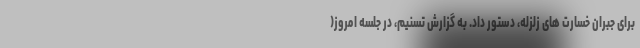
برای جبران خسارت های زلزله، دستور داد. به گزارش تسنیم، در جلسه امروز(